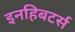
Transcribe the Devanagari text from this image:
इनहिबटर्स